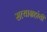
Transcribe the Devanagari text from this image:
सत्याग्रहांची